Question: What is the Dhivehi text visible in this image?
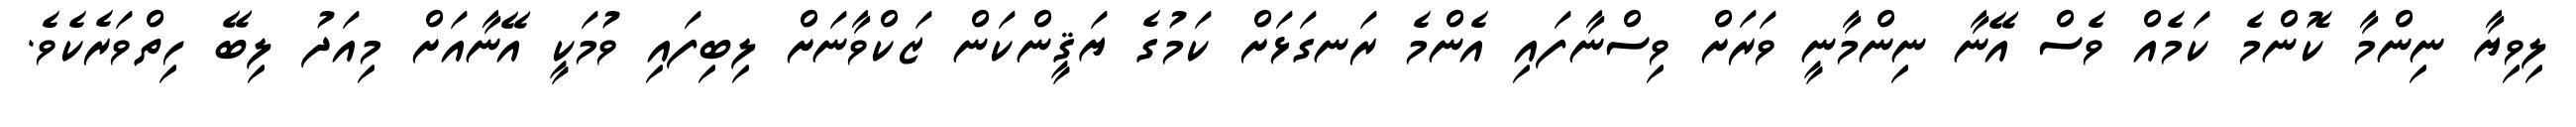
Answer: ލިވިޔާ ނިންމާ ކޮންމެ ކަމެއް ވެސް އޭނާ ނިންމާނީ ވަރަށް ވިސްނާފައި އެންމެ ރަނގަޅަށް ކަމުގެ ޔަޤީންކަން ޒަކްވާނަށް ލިބިފައި ވުމަކީ އޭނާއަށް މިއަދު ލިބޭ ހިތްވަރެކެވެ.